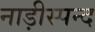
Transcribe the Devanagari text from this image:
नाड़ीस्पन्द